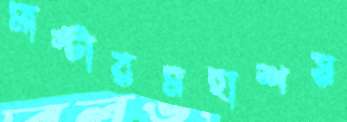
মাস্টারমহাশয়